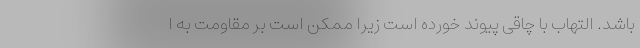
باشد. التهاب با چاقی پیوند خورده است زیرا ممکن است بر مقاومت به ا